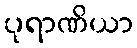
ပုရာဏိယာ